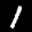
Label: 1